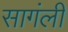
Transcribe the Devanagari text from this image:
सागंली